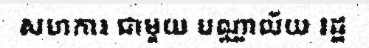
សហការ ជាមួយ បណ្ណាល័យ រដ្ឋ